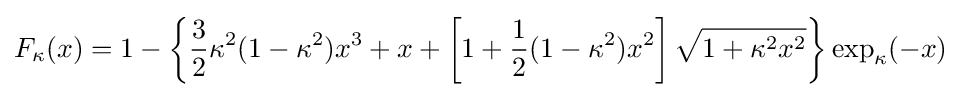
F_{\kappa }(x)=1-\left\{{\frac {3}{2}}\kappa ^{2}(1-\kappa ^{2})x^{3}+x+\left[1+{\frac {1}{2}}(1-\kappa ^{2})x^{2}\right]{\sqrt {1+\kappa ^{2}x^{2}}}\right\}\exp _{\kappa }(-x)